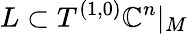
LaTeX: L\subset T^{(1,0)}\mathbb{C}^{n}|_{M}